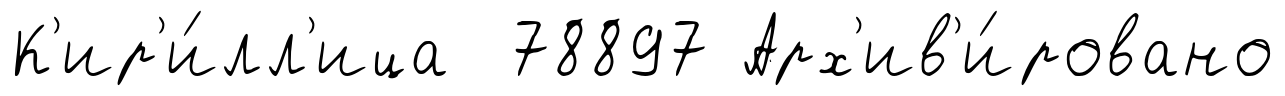
К'ир'и́лл'ица 78897 Арх'ив'и́ровано